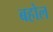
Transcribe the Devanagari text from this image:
बहोल